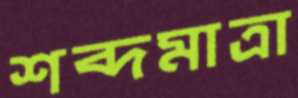
শব্দমাত্রা